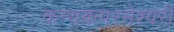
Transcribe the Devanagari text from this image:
कन्‍यकपरमेश्‍वरी